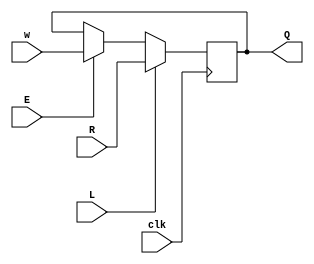
module top_module (
    input clk,
    input w, R, E, L,
    output Q
);
	wire temp1, temp2;
    assign temp1 = E ? w : Q;
    assign temp2 = L ? R : temp1;
    always @(posedge clk)
        Q <= temp2;
endmodule